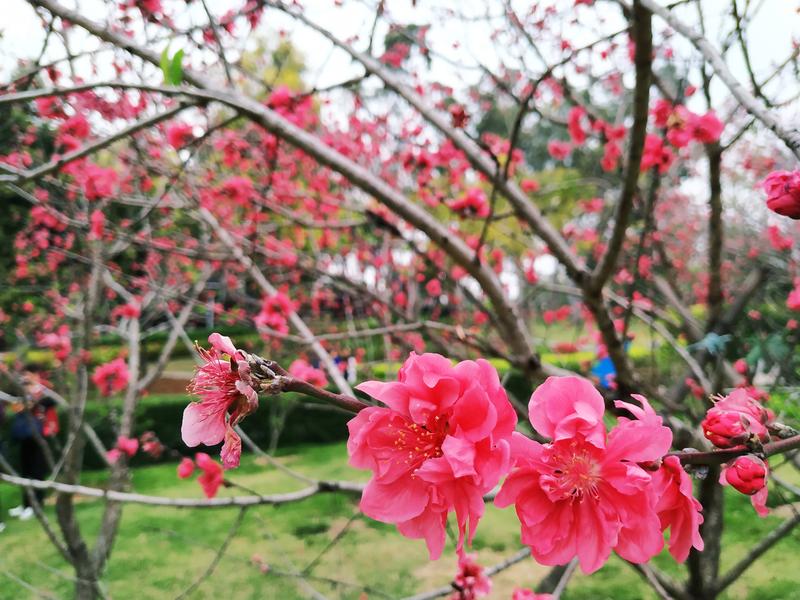
仙苑春浓，小桃开，枝枝已堪攀折。